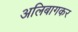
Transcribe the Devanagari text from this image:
अलिबागकर